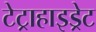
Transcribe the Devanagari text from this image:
टेट्राहाइड्रेट